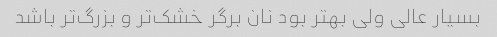
بسیار عالی ولی بهتر بود نان برگر خشک‌تر و بزرگ‌تر باشد